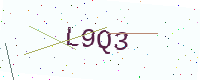
Text: L9Q3